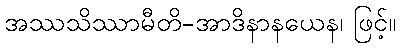
အဿသိဿာမီတိ-အာဒိနာနယေန၊ ဖြင့်။